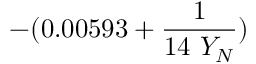
- ( 0 . 0 0 5 9 3 + \frac { 1 } { 1 4 \ Y _ { N } } )